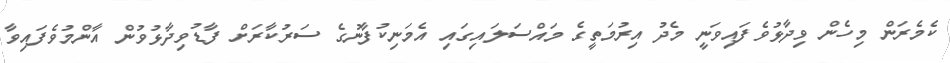
ކެމެރަން މިހެން ވިދާޅުވެފައިވަނީ މެދު އިރުމަތީގެ މައްސަލައިގައި އެމަނިކުފާނުގެ ސަރުކާރަށް ފާޑުވިދާޅުވުން އާންމުވެފައިވާ